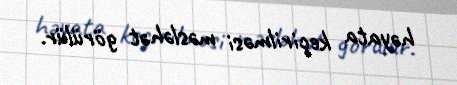
həyata keçirilməsi məsləhət görülür.